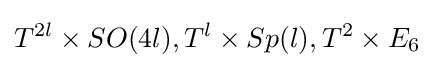
T^{2l}\times SO(4l),T^{l}\times Sp(l),T^{2}\times E_{6}